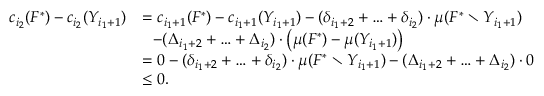
\begin{array} { r l } { c _ { i _ { 2 } } ( F ^ { * } ) - c _ { i _ { 2 } } ( Y _ { i _ { 1 } + 1 } ) } & { = c _ { i _ { 1 } + 1 } ( F ^ { * } ) - c _ { i _ { 1 } + 1 } ( Y _ { i _ { 1 } + 1 } ) - ( \delta _ { i _ { 1 } + 2 } + \ldots + \delta _ { i _ { 2 } } ) \cdot \mu ( F ^ { * } \setminus Y _ { i _ { 1 } + 1 } ) } \\ { } & { ~ ~ - ( \Delta _ { i _ { 1 } + 2 } + \ldots + \Delta _ { i _ { 2 } } ) \cdot \big ( \mu ( F ^ { * } ) - \mu ( Y _ { i _ { 1 } + 1 } ) \big ) } \\ { } & { = 0 - ( \delta _ { i _ { 1 } + 2 } + \ldots + \delta _ { i _ { 2 } } ) \cdot \mu ( F ^ { * } \setminus Y _ { i _ { 1 } + 1 } ) - ( \Delta _ { i _ { 1 } + 2 } + \ldots + \Delta _ { i _ { 2 } } ) \cdot 0 } \\ { } & { \le 0 . } \end{array}